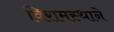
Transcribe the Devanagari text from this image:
विरामस्थाने